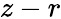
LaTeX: z-r